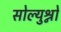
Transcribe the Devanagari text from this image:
सोल्युश्नो